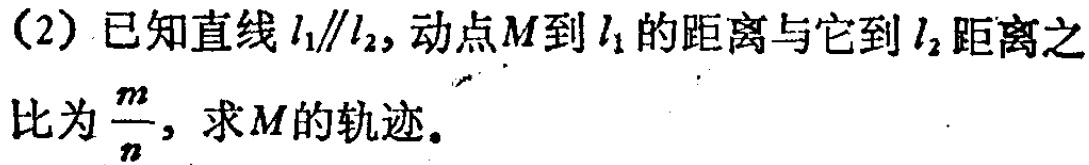
(2) 已知直线\(l_{1}\parallel l_{2}\)，动点\(M\)到\(l_{1}\)的距离与它到\(l_{2}\)距离之比为\(\frac{m}{n}\)，求\(M\)的轨迹。